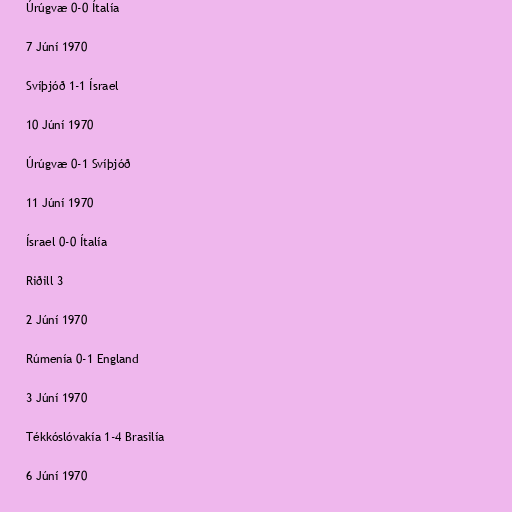
Úrúgvæ 0-0 Ítalía

7 Júní 1970

Svíþjóð 1-1 Ísrael

10 Júní 1970

Úrúgvæ 0-1 Svíþjóð

11 Júní 1970

Ísrael 0-0 Ítalía

Riðill 3

2 Júní 1970

Rúmenía 0-1 England

3 Júní 1970

Tékkóslóvakía 1-4 Brasilía

6 Júní 1970